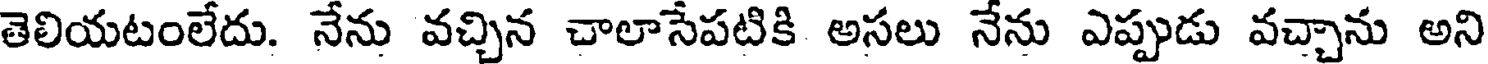
తెలియటంలేదు. నేను వచ్చిన చాలాసేపటికి అసలు నేను ఎప్పుడు వచ్చాను అని